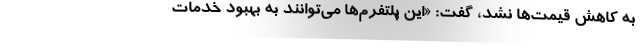
به کاهش قیمت‌ها نشد، گفت: «این پلتفرم‌ها می‌توانند به بهبود خدمات